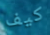
كيف